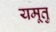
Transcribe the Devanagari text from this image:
यमूतु